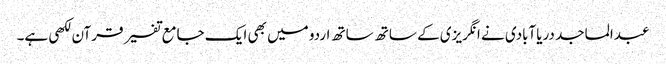
عبدالماجد دریاآبادی نے انگریزی کے ساتھ ساتھ اردو میں بھی ایک جامع تفسیر قرآن لکھی ہے۔